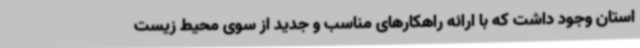
استان وجود داشت که با ارائه راهکارهای مناسب و جدید از سوی محیط زیست